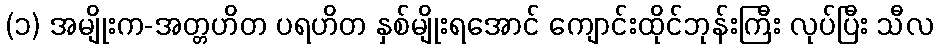
(၁) အမျိုးက-အတ္တဟိတ ပရဟိတ နှစ်မျိုးရအောင် ကျောင်းထိုင်ဘုန်းကြီး လုပ်ပြီး သီလ